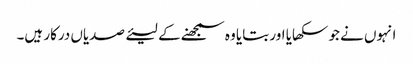
انہوں نے جو سکھایا اور بتایا وہ سمجھنے کے لیئے صدیاں درکار ہیں۔